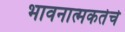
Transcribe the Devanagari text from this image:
भावनात्मकतेचे